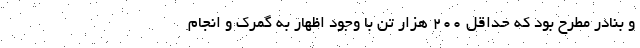
و بنادر مطرح بود که حداقل ۲۰۰ هزار تن با وجود اظهار به گمرک و انجام